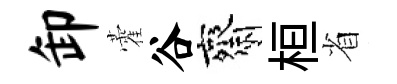
卸藿谷齋桓省